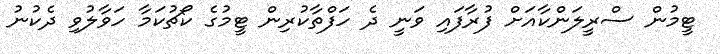
ޓީމުން ސްރީލަންކާއަށް ފުރާފައި ވަނީ ދެ ހަފްތާކުރިން ޓީމުގެ ކޯޗުކަމާ ހަވާލުވި ދެކުނު